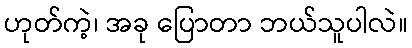
ဟုတ်ကဲ့၊ အခု ပြောတာ ဘယ်သူပါလဲ။